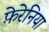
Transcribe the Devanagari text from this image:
फ़ेरेनिया